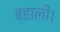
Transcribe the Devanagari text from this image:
बहाली।